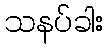
သနပ်ခါး